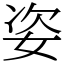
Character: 姿